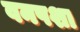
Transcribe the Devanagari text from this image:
वनपशा